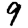
Digit: 9